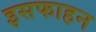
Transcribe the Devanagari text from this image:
इसफाहन